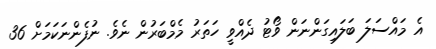
އެ މައްސަލަ ބަލައިގަންނަން ވޯޓު ދެއްވީ ހަަތަރު މެމްބަރުން ނެވެ. ނުފެންނަކަމަށް 36